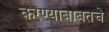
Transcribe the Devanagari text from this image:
करण्याबाबतचे